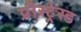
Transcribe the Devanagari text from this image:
प्रीस्ट्रेस्ड